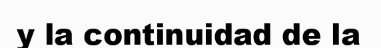
y la continuidad de la